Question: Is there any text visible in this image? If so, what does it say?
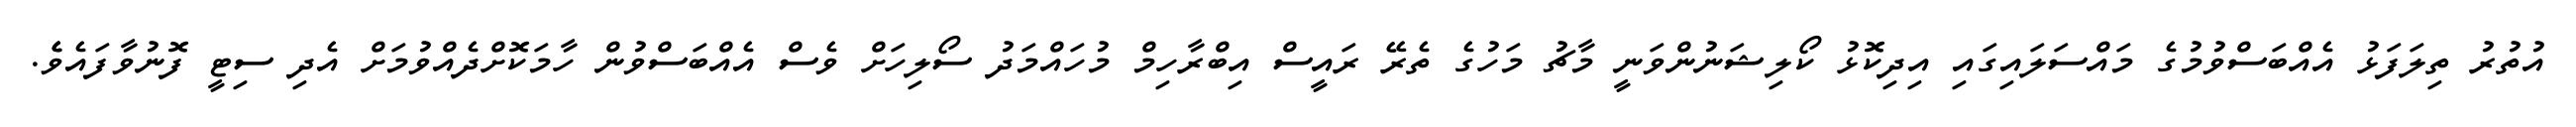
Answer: އުތުރު ތިލަފަޅު އެއްބަސްވުމުގެ މައްސަލައިގައި އިދިކޮޅު ކޯލިޝަނުންވަނީ މާޗު މަހުގެ ތެރޭ ރައީސް އިބްރާހިމް މުހައްމަދު ސޯލިހަށް ވެސް އެއްބަސްވުން ހާމަކޮށްދެއްވުމަށް އެދި ސިޓީ ފޮނުވާފައެވެެ.